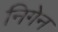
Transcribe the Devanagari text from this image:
निगेन